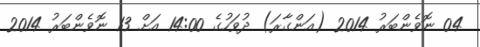
04 ނޮވެންބަރު 2014 (އަންގާރަ) ދުވަހުގެ 14:00 އަށް 13 ނޮވެންބަރު 2014